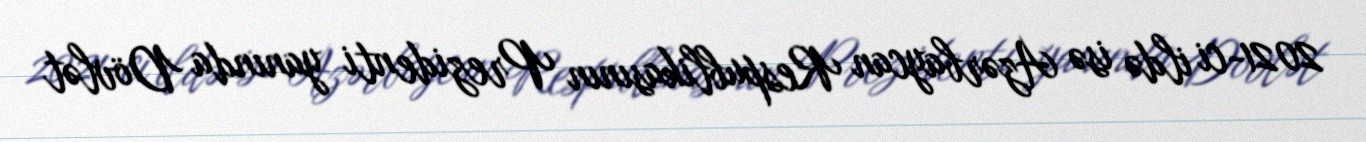
2021-ci ildə isə Azərbaycan Respublikasının Prezidenti yanında Dövlət